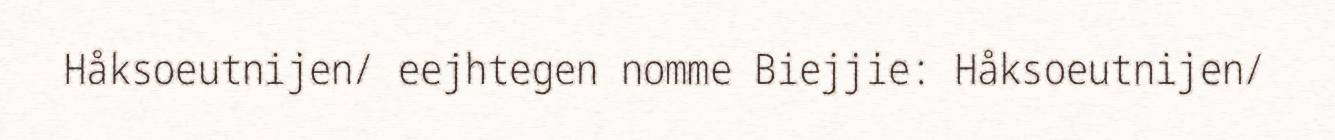
Håksoeutnijen/ eejhtegen nomme Biejjie: Håksoeutnijen/